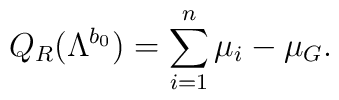
Q_{R}(\Lambda^{b_{0}})=\sum_{i=1}^{n} \mu_{i} - \mu_{G}  .